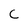
Character: C